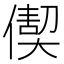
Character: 𠎇